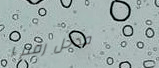
مدخل رقم ١